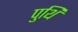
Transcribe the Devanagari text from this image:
पुथि